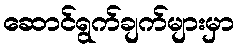
ဆောင်ရွက်ချက်များမှာ